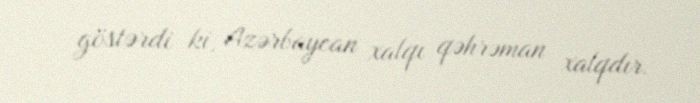
göstərdi ki, Azərbaycan xalqı qəhrəman xalqdır.